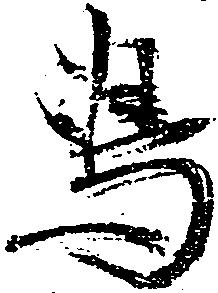
嶋